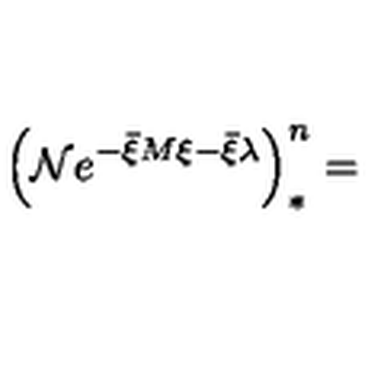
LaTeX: \left( \mathcal { N } e ^ { - \bar { \xi } M \xi - \bar { \xi } \lambda } \right) _ { \ast } ^ { n } =